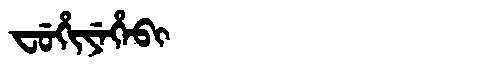
Manchu: ᠸᡠᡥᡳᠶᡝᡥᡝᠪᡳ
Romanization: FUHIYEHEBI